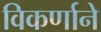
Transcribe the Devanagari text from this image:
विकर्णाने